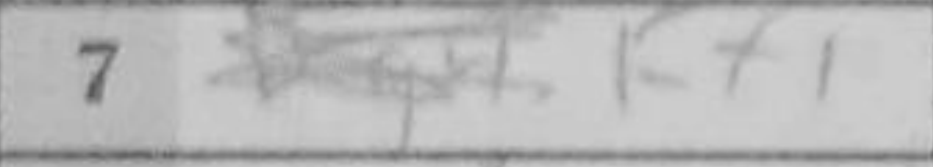
Transcription: Kf1